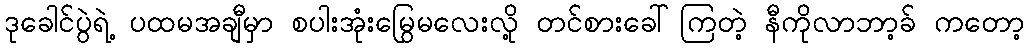
ဒုခေါင်ပွဲရဲ့ ပထမအချီမှာ စပါးအုံးမြွေမလေးလို့ တင်စားခေါ်ကြတဲ့ နီကိုလာဘာ့ခ် ကတော့